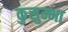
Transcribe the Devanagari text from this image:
कुसुम्भा